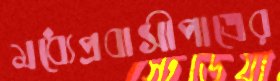
মধ্যেপ্রবাসীপাত্রের